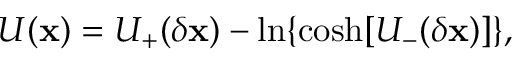
U ( \mathbf { x } ) = U _ { + } ( \delta \mathbf { x } ) - \ln \{ \cosh [ U _ { - } ( \delta \mathbf { x } ) ] \} ,